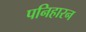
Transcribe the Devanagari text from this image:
पनिहारन